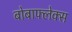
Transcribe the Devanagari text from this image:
बोबाफ्लेक्स